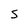
Character: S